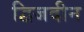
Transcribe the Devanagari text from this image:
द्विजदीन